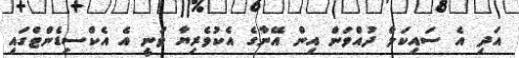
އަދި އެ ސައިކަލް ދުއްވަން އިން އޭނާގެ އެކުވެރިޔާ ވަނީ އެ އެކްސިޑެންޓްގައި